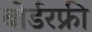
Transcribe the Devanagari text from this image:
बोर्डरफ्री